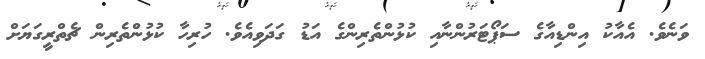
ވަނެވެ. އެއާކު އިންޑިއާގެ ސަޕޯޓަރުންނާއި ކުޅުންތެރިންގެ އަޑު ގަދަވިއެވެ. ހުރިހާ ކުޅުންތެރިން ޗެތްރީގަޔަށް